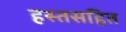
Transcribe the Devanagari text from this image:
हस्तसहित